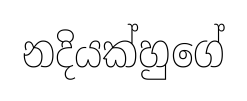
නදියක්හුගේ